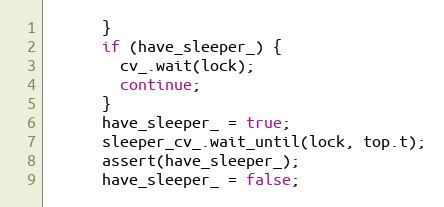
Language: C++
      }
      if (have_sleeper_) {
        cv_.wait(lock);
        continue;
      }
      have_sleeper_ = true;
      sleeper_cv_.wait_until(lock, top.t);
      assert(have_sleeper_);
      have_sleeper_ = false;